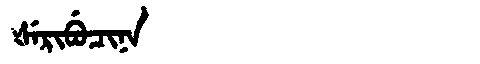
Manchu: ᡧᡝᡵᡳᠪᡠᠴᡳᠨᠠ
Romanization: ŠERIBUCINA